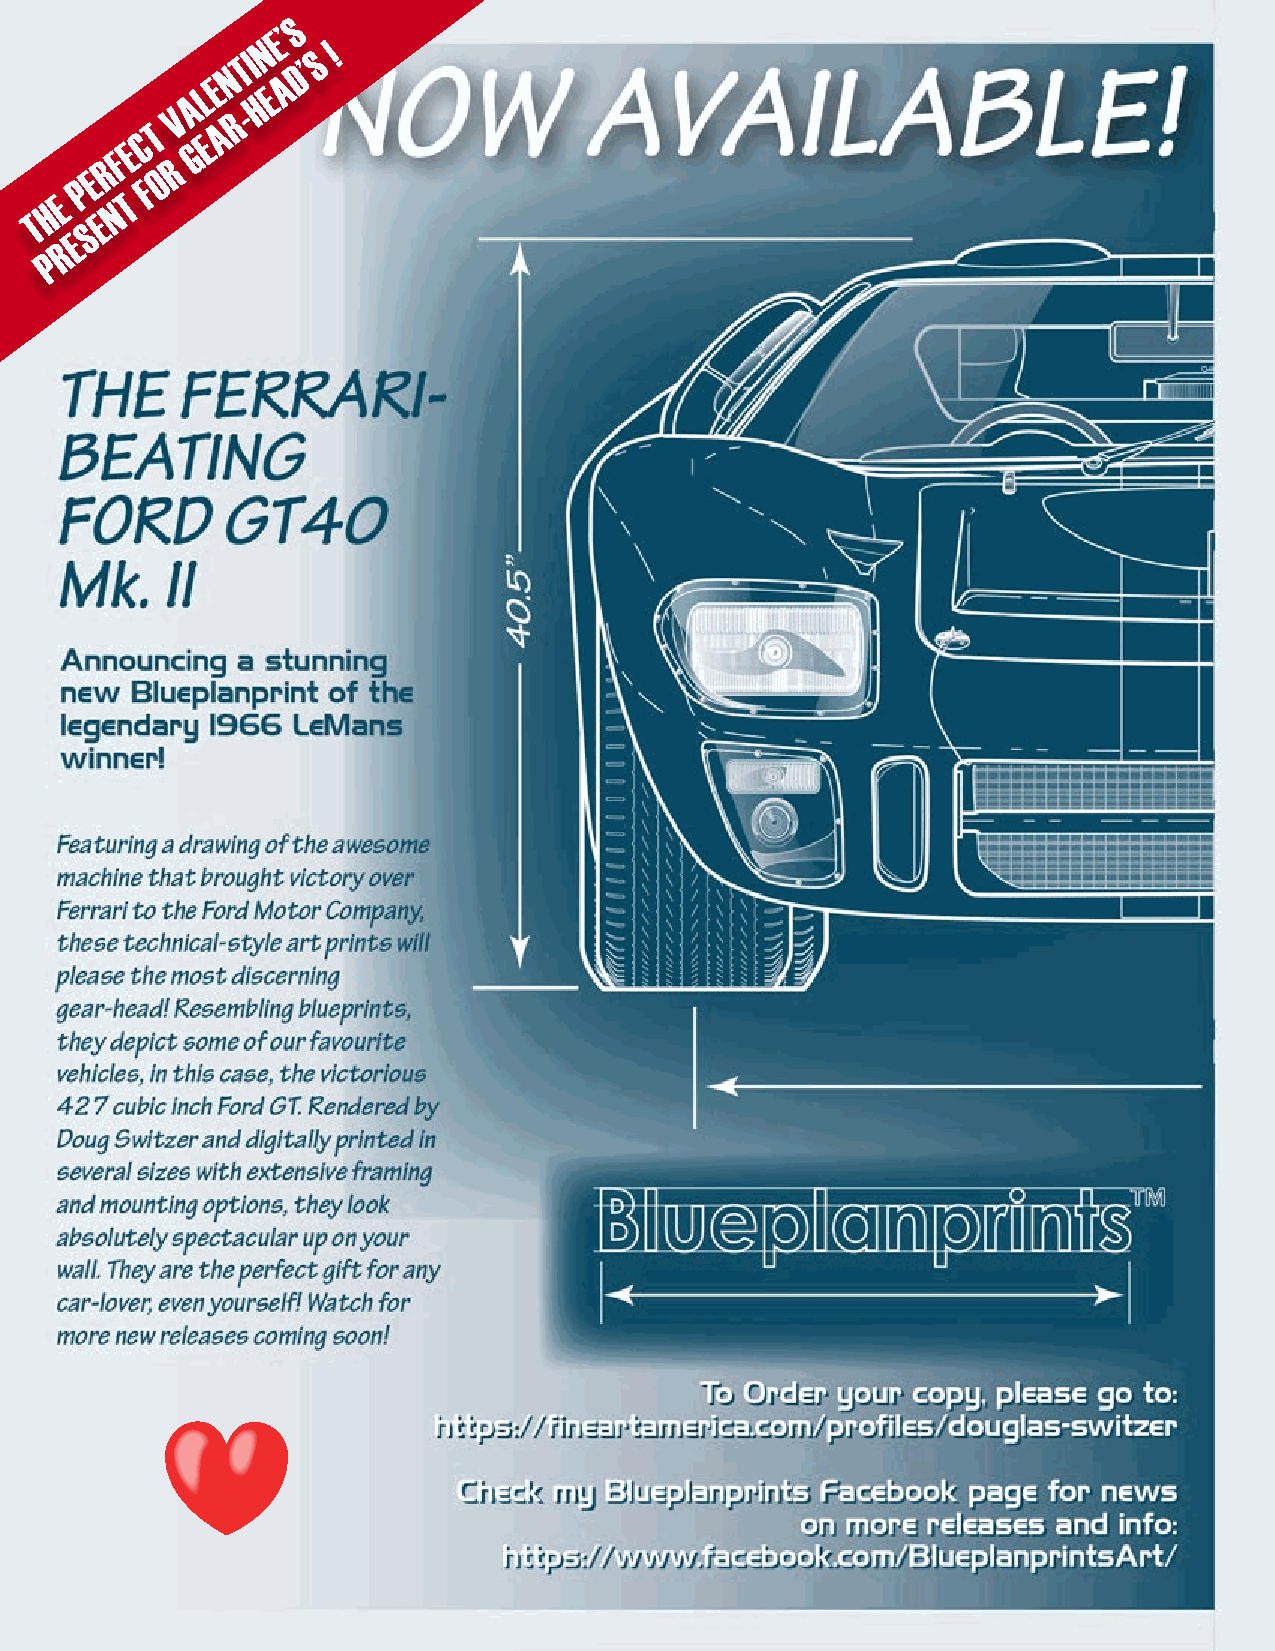
S
 E’
 NTIN
 D’S
 !
 E   A
 L   E
 A   H
 T
 V  AR-
 C   E
 E   G
 RF
 R
 E    O
 P   F
 E    T
 H   N
 T   E
 S
 E
 R
 P
 70                               MAGAZINE   HAPPENINGS • HISTORY • HUMOUR • HELP